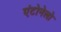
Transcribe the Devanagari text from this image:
एंटोनेलो